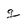
Character: g